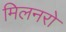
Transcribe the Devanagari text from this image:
मिलनरो